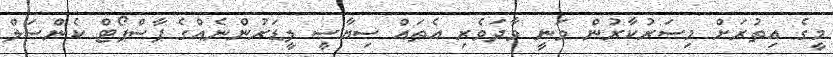
މީގެ އިތުރަށް މިސަރުކާރުން ވަނީ ވާދަވެރި އެތައް ސިޔާސީ ލީޑަރުންނެއްގެ ޕާސްޕޯޓް ކެންސަލް